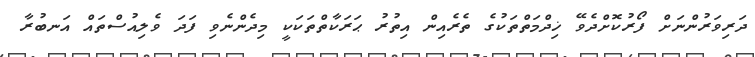
ދަރިވަރުންނަށް ފޯރުކޮށްދެވޭ ޚިދްމަތްތަކުގެ ތެރެއިން އިތުރު ޙަރަކާތްތަކަކީ މިދެންނެވި ފަދަ ވެލިއުސްތައް އަނބުރާ